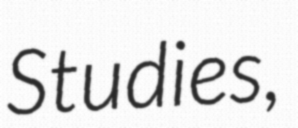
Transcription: Studies,